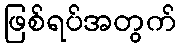
ဖြစ်ရပ်အတွက်